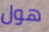
هول